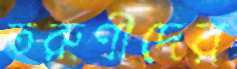
তরুণীদের